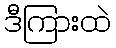
ဒီကြားထဲ